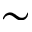
\sim